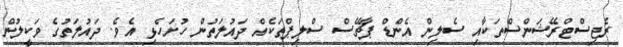
ރެޖިސްޓްރޭޝަންސްތަކާއި ސެލިން އެންޑް ޕާޗޭސް ސްލިޕްތަކެއް ދައުލަތުން ހުށަހެޅި އެވެ. ދައުލަތުގެ ވަކީލުން